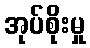
အုပ်စိုးမှု